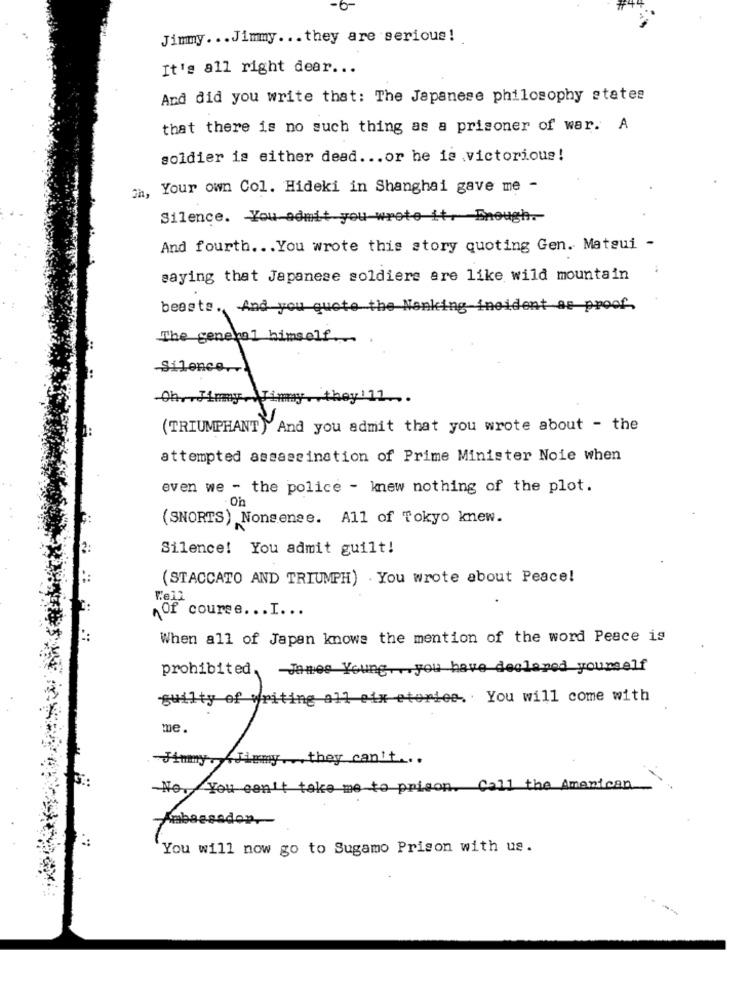
Jimmy ... Jimmy ... they are serious!
It's all right dear ...
And did you write that: The Japanese philosophy states
that there is no such thing as a prisoner of war. A
soldier is either dead ... or he is .victorious!
h, Your own Col. Hideki in Shanghai gave me -
Silence. You admit you-wrote it, Enough .-
And fourth ... You wrote this story quoting Gen. Matsui -
saying that Japanese soldiers are like wild mountain
beasts. And you quote the Nanking incident as proof.
The general himself.
Silence ...
11.
(TRIUMPHANT) And you admit that you wrote about - the
attempted assassination of Prime Minister Noie when
even we - the police - knew nothing of the plot.
(SNORTS) Nonsense. All of Tokyo knew.
Silence! You admit guilt!
(STACCATO AND TRIUMPH) . You wrote about Peace!
Of course ... I. ..
When all of Japan knows the mention of the word Peace is
prohibited.
-James Young ,. you have declared yourself
guilty of writing all oix etoriee. You will come with
me
Jimmy, Jimmy ,they can't ...
No. You can't take me to prison. Call the American
Ambassador.
You will now go to Sugamo Prison with us.